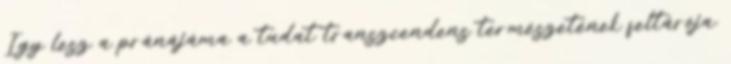
Így lesz a pránájáma a tudat transzcendens természetének feltárója.